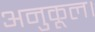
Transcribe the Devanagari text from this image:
अनुकूल।